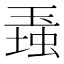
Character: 𤧠